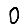
Digit: 0